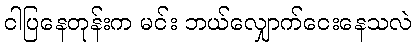
ငါပြနေတုန်းက မင်း ဘယ်လျှောက်ငေးနေသလဲ